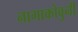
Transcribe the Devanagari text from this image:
नागाकोवुनी